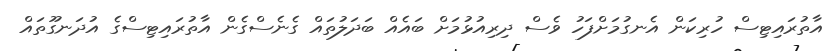
އާތުރައިޓިސް ހުރިކަން އެނގުމަށްފަހު ވެސް ދިރިއުޅުމަށް ބައެއް ބަދަލުތައް ގެނެސްގެން އާތުރައިޓިސްގެ އުދަނގޫތައް